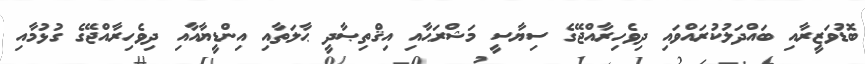
ބޮޑުވަޒީރާއި ބައްދަލުކުރައްވައި ދިވެހިރާއްޖޭގެ ސިޔާސީ މަޝްރަޙާއި އިޤްތިޞާދީ ޙާލަތާއި އިންޑީޔާއާއި ދިވެހިރާއްޖޭގެ ގުޅުމާއި